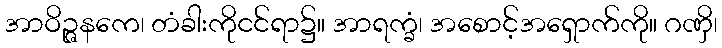
အာဝိဉ္ဇနကေ၊ တံခါးကိုငင်ရာ၌။ အာရက္ခံ၊ အစောင့်အရှောက်ကို။ ဂဏှိ၊